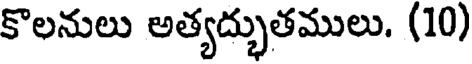
కొలనులు అత్యద్భుతములు. (10)